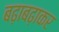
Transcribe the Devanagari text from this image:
बढ़ाबढ़ाकर